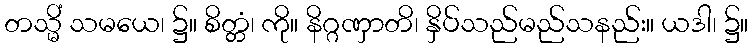
တသ္မိံ သမယေ၊ ၌။ စိတ္တံ၊ ကို။ နိဂ္ဂဏှာတိ၊ နှိပ်သည်မည်သနည်း။ ယဒါ၊ ၌။